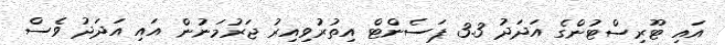
އައި ޓޫރިސްޓުންގެ އަދަދު 3.3 ޕަސެންޓް އިތުރުވިއިރު ޖަރުމަނުން އައި އަދަދު ވެސް